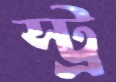
স্ট্র